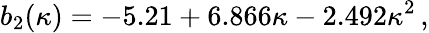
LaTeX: b_{2}(\kappa)=-5.21+6.866\kappa-2.492\kappa^{2}\, ,